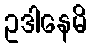
ဥဒါနေမိ